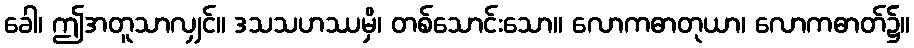
ခေါ၊ ဤအတူသာလျှင်။ ဒသသဟဿမှိ၊ တစ်သောင်းသော။ လောကဓာတုယာ၊ လောကဓာတ်၌။